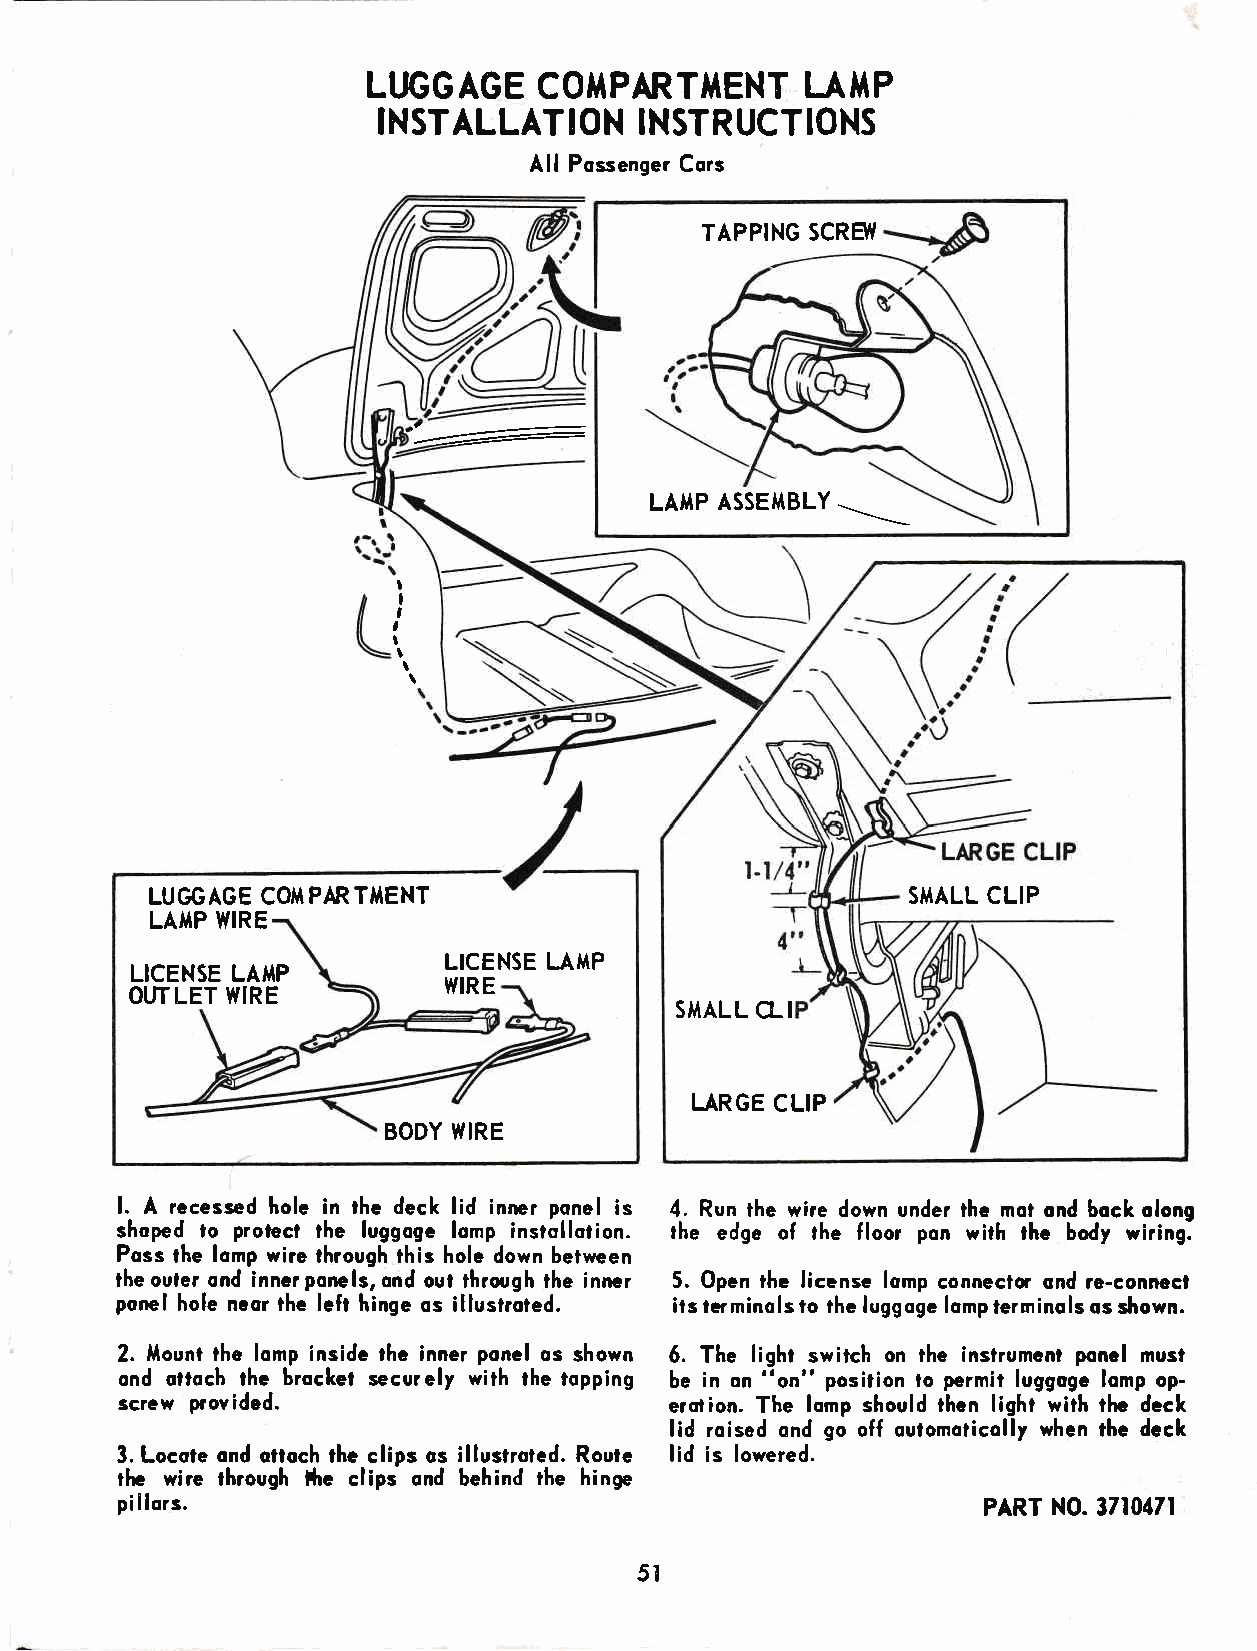
Lt GGAGE    COIiPARTl'tENT   t-AI'tP
 INSTALLAT    ON  INSTRUCTIONS
 I
 All Possenger Cors
 TAPPING SCREI{
 '----:
 LAIIP ASSEI1BLY =_=_
 I
 I
 ,
 t
 I
 I
 I
 \
 LUGGAGE COI,IPARTilENT                            SMALL CLIP
 LA}TP WIRE
 LICENSE LAilP       LICENSE L.A}'TP
 WIRE
 OUTLET WIRE
 S},IALL CLI
 LARGE CLIP
 BODY WIRE
 l. A recessed hole in the deck lid inner ponel is 4. Run the wire down under the mot ond bock olong
 shoped to proiec? the luggoge lomp instollotion. the edge of the floor pon with the body wiring.
 Poss the lomp wire through this hole down between
 lheouter ond innerponels,ond out throrgh the inner 5. Open the licensc lomp conneclc ond re-connecl
 ponel hole neor lhe left hinge os illustroted. its terminols to the luggoge lomp terminols os shown.
 2. llount the lomp inside the inner ponel os shown 6. The light switch on the inslrumenl ponel mus?
 ond ottoch the brockel securely with lhe topping be in on "on" position to permit luggoge lomp op-
 screw provided.                     erotion. The lomp should then light with thc deck
 lid roised ond go off outomoticolly when the deck
 3. Locote ond ottoch thc clips os illustroted. Route lid is lowered.
 rhe wire through l{re clips ond beh:nd the hinge
 pillors.
 PART NO. 3710471
 5I